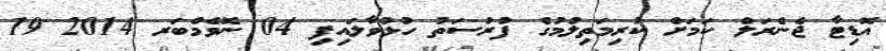
އޮޑިޓާ ޖެނެރަލް ކަމަށް ކުރިމަތިލުމުގެ ފުރުސަތު ހުޅުވާލައިފި 04 ނޮވެމްބަރ 2014 19